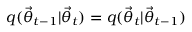
q ( \ensuremath { \vec { \theta } } _ { t - 1 } | \ensuremath { \vec { \theta } } _ { t } ) = q ( \ensuremath { \vec { \theta } } _ { t } | \ensuremath { \vec { \theta } } _ { t - 1 } )